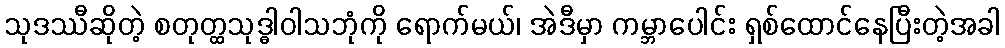
သုဒဿီဆိုတဲ့ စတုတ္ထသုဒ္ဓါဝါသဘုံကို ရောက်မယ်၊ အဲဒီမှာ ကမ္ဘာပေါင်း ရှစ်ထောင်နေပြီးတဲ့အခါ